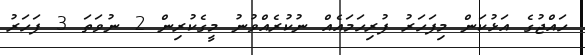
ހައްޖުގެ އަޅުކަން މިފަހަރު ފުރިހަމައެއް ނުކުރެއްވުނު މީގެކުރިން 2 ނުވަތަ 3 ފަހަރު